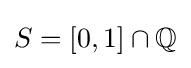
S=[0,1]\cap \mathbb {Q}